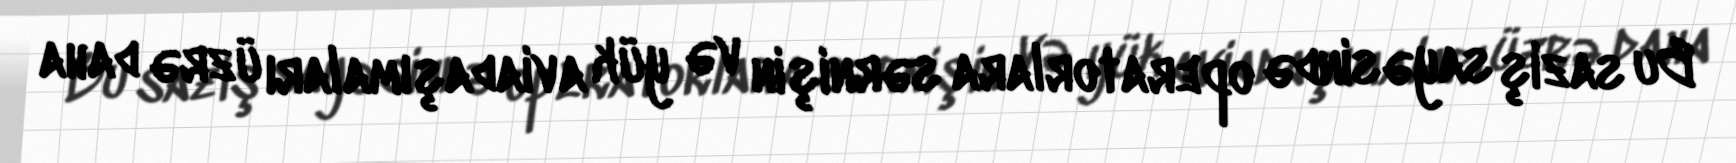
Bu saziş sayəsində operatorlara sərnişin və yük aviadaşımaları üzrə daha